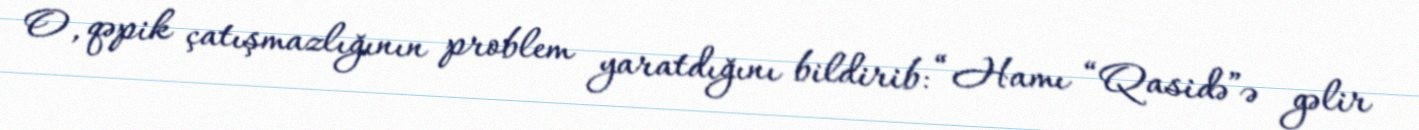
O, qəpik çatışmazlığının problem yaratdığını bildirib: “Hamı “Qasidə”ə gəlir